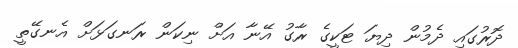
ދޮރުގައި ދެމުން ދިޔަ ޓަކީގެ ރާގު އޭނާ އަށް ނިކަން ރަނގަޅަށް އެނގޭތީ